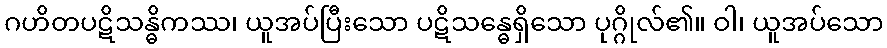
ဂဟိတပဋိသန္ဓိကဿ၊ ယူအပ်ပြီးသော ပဋိသန္ဓေရှိသော ပုဂ္ဂိုလ်၏။ ဝါ၊ ယူအပ်သော